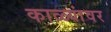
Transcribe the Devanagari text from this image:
काळ्यांवर